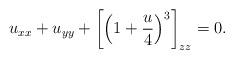
LaTeX: \begin{align*}u_{xx}+u_{yy}+\left[\left(1+{u\over 4}\right)^3\right]_{zz}=0.\end{align*}